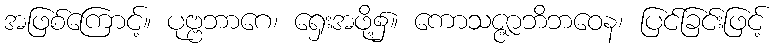
အဖြစ်ကြောင့်။ ပုဗ္ဗဘာဂေ၊ ရှေးအဖို့၌။ ကောသဇ္ဇာဘိဘဝေန၊ ပြင်ခြင်းဖြင့်